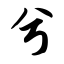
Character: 兮